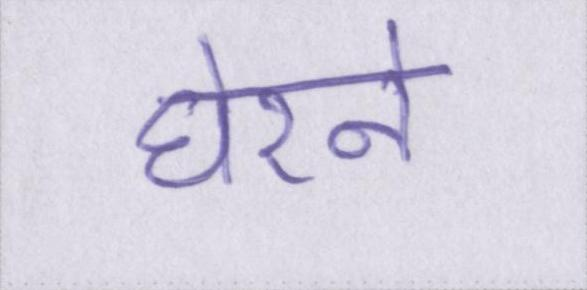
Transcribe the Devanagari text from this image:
घेरने